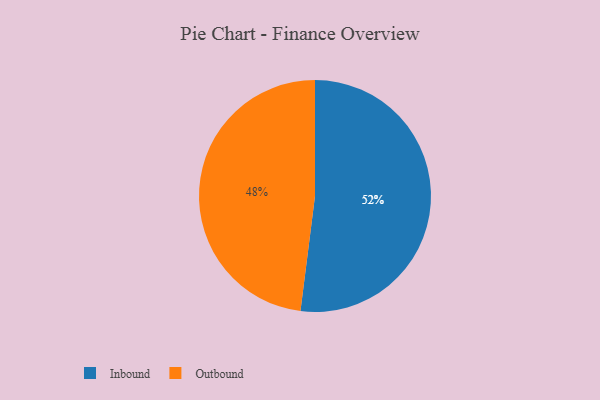
{"axis": {"x": "Category", "y": "Percentage"}, "legend": ["Inbound", "Outbound"], "data": [{"x": "Outbound", "y": 48, "type": "Outbound"}, {"x": "Inbound", "y": 52, "type": "Inbound"}]}